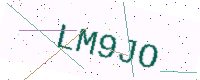
Text: LM9JO